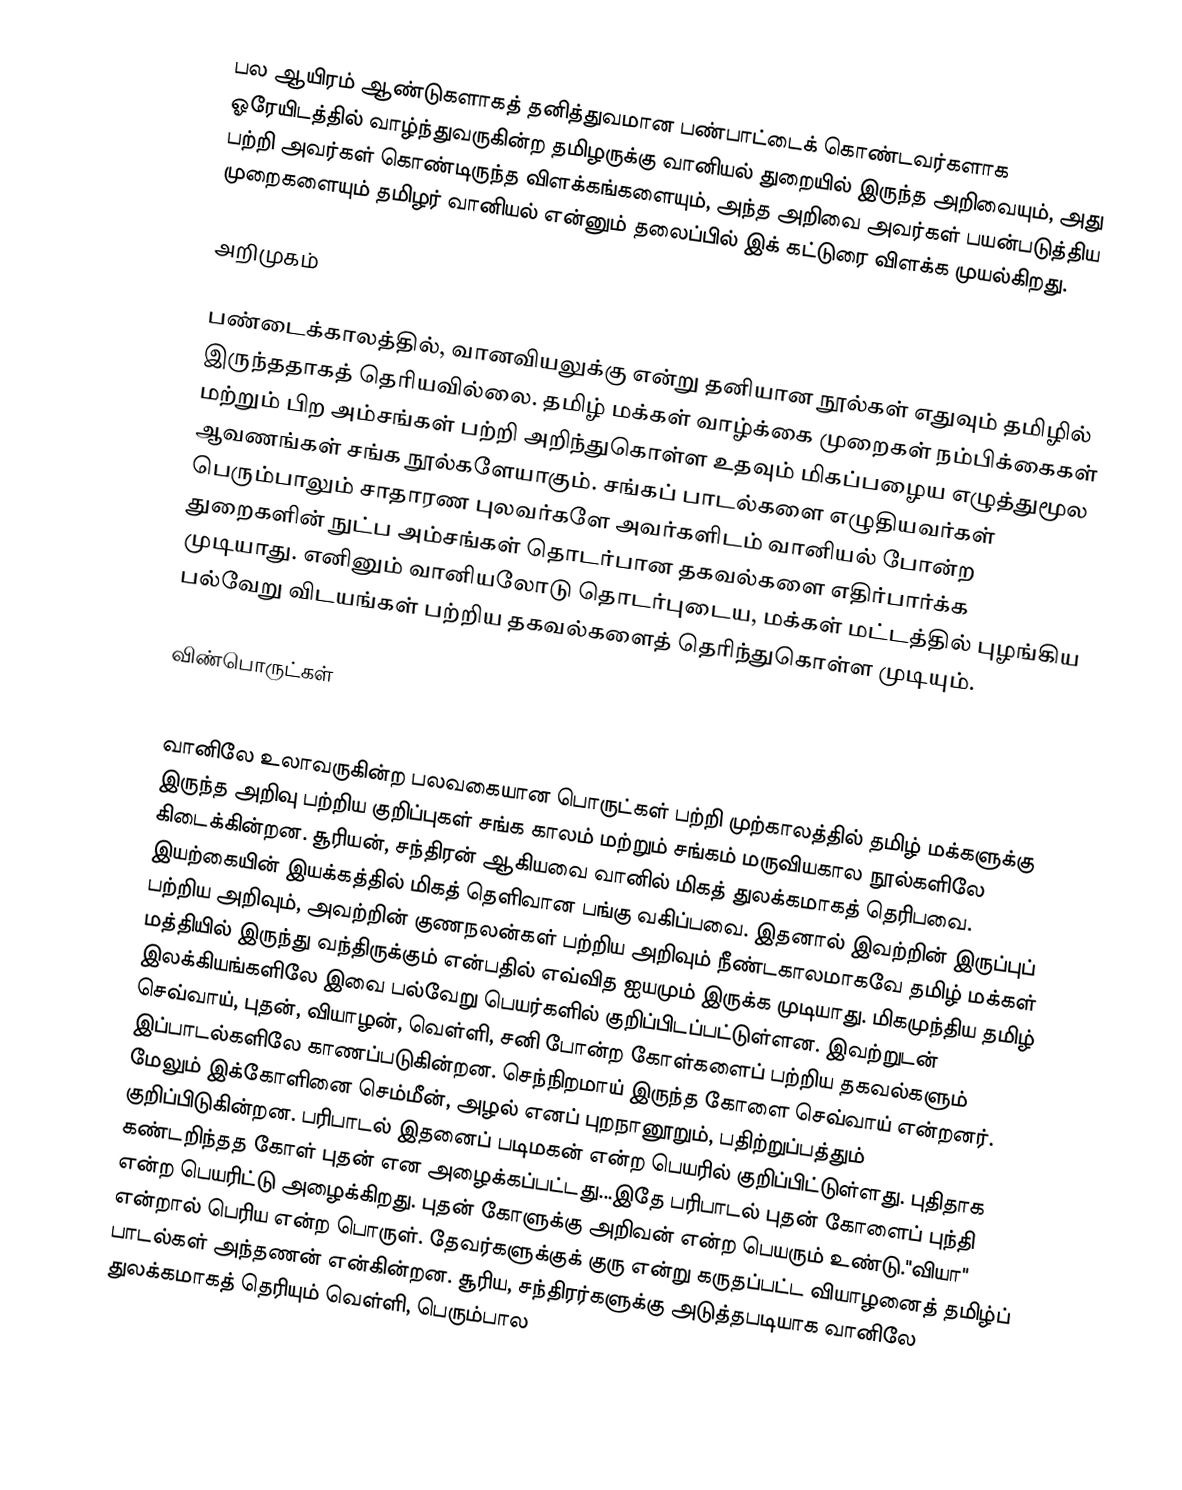
பல ஆயிரம் ஆண்டுகளாகத் தனித்துவமான பண்பாட்டைக் கொண்டவர்களாக ஓரேயிடத்தில் வாழ்ந்துவருகின்ற தமிழருக்கு வானியல் துறையில் இருந்த அறிவையும், அது பற்றி அவர்கள் கொண்டிருந்த விளக்கங்களையும், அந்த அறிவை அவர்கள் பயன்படுத்திய முறைகளையும் தமிழர் வானியல் என்னும் தலைப்பில் இக் கட்டுரை விளக்க முயல்கிறது.

அறிமுகம்

பண்டைக்காலத்தில், வானவியலுக்கு என்று தனியான நூல்கள் எதுவும் தமிழில் இருந்ததாகத் தெரியவில்லை. தமிழ் மக்கள் வாழ்க்கை முறைகள் நம்பிக்கைகள் மற்றும் பிற அம்சங்கள் பற்றி  அறிந்துகொள்ள உதவும் மிகப்பழைய எழுத்துமூல ஆவணங்கள் சங்க நூல்களேயாகும். சங்கப் பாடல்களை எழுதியவர்கள் பெரும்பாலும் சாதாரண புலவர்களே அவர்களிடம் வானியல் போன்ற துறைகளின் நுட்ப அம்சங்கள் தொடர்பான தகவல்களை எதிர்பார்க்க முடியாது. எனினும் வானியலோடு தொடர்புடைய, மக்கள் மட்டத்தில் புழங்கிய பல்வேறு விடயங்கள் பற்றிய தகவல்களைத் தெரிந்துகொள்ள முடியும்.

விண்பொருட்கள்

வானிலே உலாவருகின்ற பலவகையான பொருட்கள் பற்றி முற்காலத்தில் தமிழ் மக்களுக்கு இருந்த அறிவு பற்றிய குறிப்புகள் சங்க காலம் மற்றும் சங்கம் மருவியகால நூல்களிலே கிடைக்கின்றன. சூரியன், சந்திரன் ஆகியவை வானில் மிகத் துலக்கமாகத் தெரிபவை. இயற்கையின் இயக்கத்தில் மிகத் தெளிவான பங்கு வகிப்பவை. இதனால் இவற்றின் இருப்புப் பற்றிய அறிவும், அவற்றின் குணநலன்கள் பற்றிய அறிவும் நீண்டகாலமாகவே தமிழ் மக்கள் மத்தியில் இருந்து வந்திருக்கும் என்பதில் எவ்வித ஐயமும் இருக்க முடியாது. மிகமுந்திய தமிழ் இலக்கியங்களிலே இவை பல்வேறு பெயர்களில் குறிப்பிடப்பட்டுள்ளன. இவற்றுடன் செவ்வாய், புதன், வியாழன், வெள்ளி, சனி போன்ற கோள்களைப் பற்றிய தகவல்களும் இப்பாடல்களிலே காணப்படுகின்றன.   செந்நிறமாய் இருந்த கோளை செவ்வாய் என்றனர். மேலும் இக்கோளினை செம்மீன், அழல் எனப் புறநானூறும், பதிற்றுப்பத்தும் குறிப்பிடுகின்றன. பரிபாடல் இதனைப் படிமகன் என்ற பெயரில் குறிப்பிட்டுள்ளது. புதிதாக கண்டறிந்தத கோள் புதன் என அழைக்கப்பட்டது...இதே பரிபாடல் புதன் கோளைப் புந்தி என்ற பெயரிட்டு அழைக்கிறது. புதன் கோளுக்கு அறிவன் என்ற பெயரும் உண்டு."வியா" என்றால் பெரிய என்ற பொருள். தேவர்களுக்குக் குரு என்று கருதப்பட்ட வியாழனைத் தமிழ்ப் பாடல்கள் அந்தணன் என்கின்றன. சூரிய, சந்திரர்களுக்கு அடுத்தபடியாக வானிலே துலக்கமாகத் தெரியும் வெள்ளி, பெரும்பால